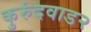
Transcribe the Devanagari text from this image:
कुरुंदवाड२